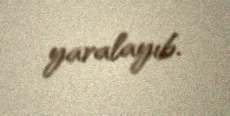
yaralayıb.